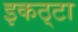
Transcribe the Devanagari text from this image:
इकठ्‌टा